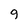
Character: 9